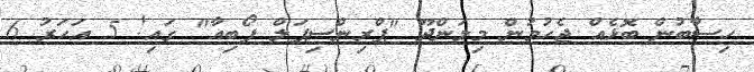
ހިސާބުން ބޮޅެއް ޖެހުމުން މިލަންދޫ "ޕްރިންސިޕަލް ފޯބިއާ" ގައި! 5 އަހަރު 6